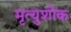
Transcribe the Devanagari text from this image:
मृत्युशोक